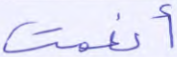
أنعمت